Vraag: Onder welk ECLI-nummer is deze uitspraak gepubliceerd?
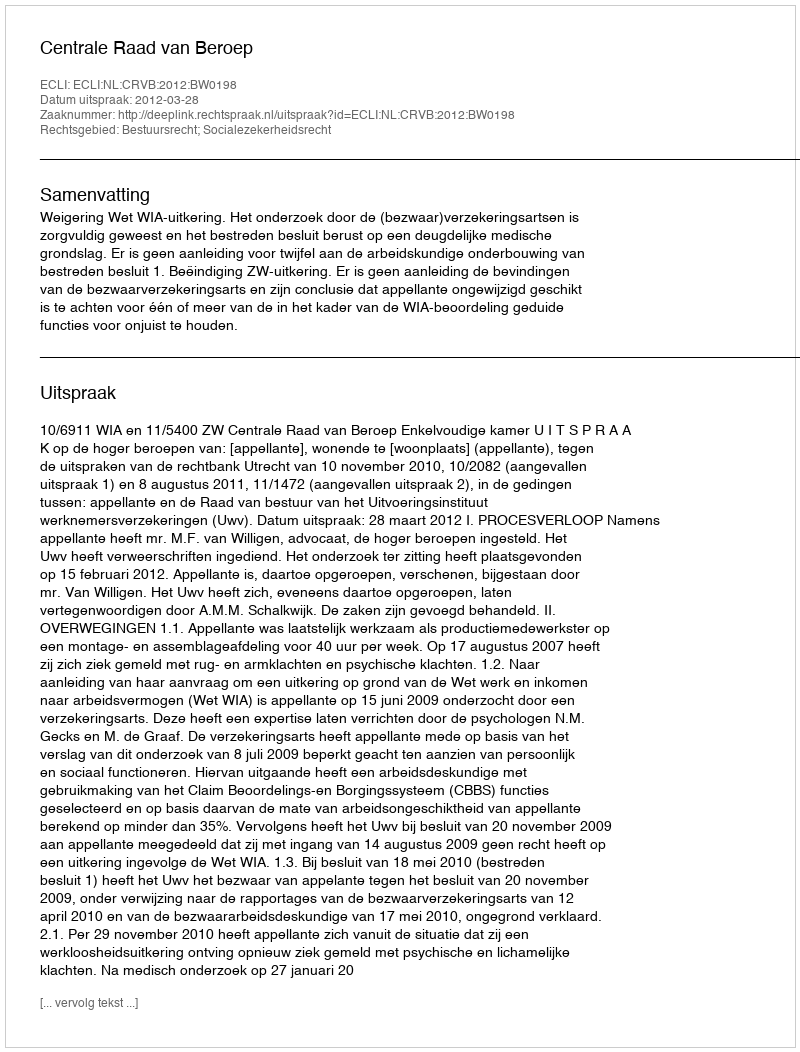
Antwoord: ECLI:NL:CRVB:2012:BW0198